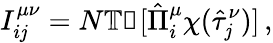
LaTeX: I_{i\mathit{j}}^{\mu\nu}=N\mathbb{{Tr}}[\hat{{\Pi}}_{i}^{\mu}\chi(\hat{{\tau}}_{\mathit{j}}^{\nu})]\, ,